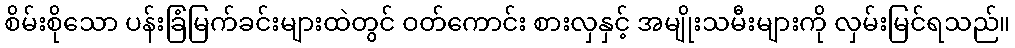
စိမ်းစိုသော ပန်းခြံမြက်ခင်းများထဲတွင် ဝတ်ကောင်း စားလှနှင့် အမျိုးသမီးများကို လှမ်းမြင်ရသည်။